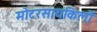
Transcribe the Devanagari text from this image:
मोटरसायकिलों